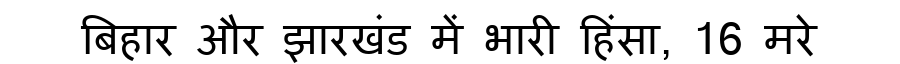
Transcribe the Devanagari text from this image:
बिहार और झारखंड में भारी हिंसा, 16 मरे